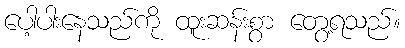
ပေါ့ပါးနေသည်ကို ထူးဆန်းစွာ တွေ့ရသည်။